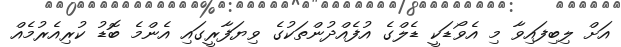
އަށް ލިބިފައިވާ މި އެވޯޑަކީ ޑެލްގެ އުފެއްދުންތަކުގެ ވިޔަފާރީގައި އެންމެ ބޮޑު ކުރިއެރުމެއް